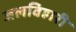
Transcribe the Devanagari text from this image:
जलविहारी